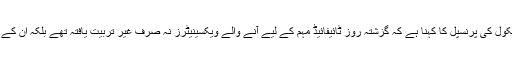
دوسری جانب اورنگی ٹاؤن میں واقع نجی اسکول کی پرنسپل کا کہنا ہے کہ گزشتہ روز ٹائیفائیڈ مہم کے لیے آنے والے ویکسینیٹرز نہ صرف غیر تربیت یافتہ تھے بلکہ ان کے پاس بنیادی طبی سامان بھی موجود نہیں تھا۔